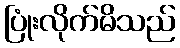
ပြုံးလိုက်မိသည်